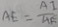
A E = \frac { A I } { A E }